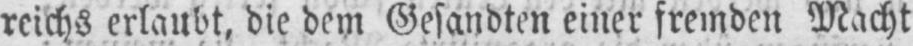
reichs erlaubt, die dem Gesandten einer fremden Macht